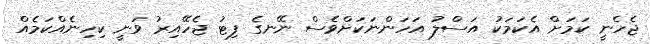
ޖެހެނީ ކަމަށް އެކަމަކު އަސްލު އަހަންނަކަށްވެސް ނޭނގެ ފިޓު ޖެހޭއިރު ވަނީ ކިހިނެއްކަމެއް